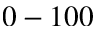
0 - 1 0 0